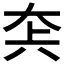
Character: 𡘂